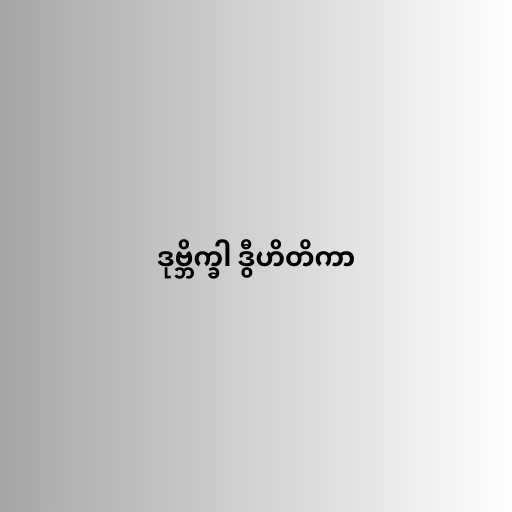
ဒုဗ္ဘိက္ခါ ဒွီဟိတိကာ